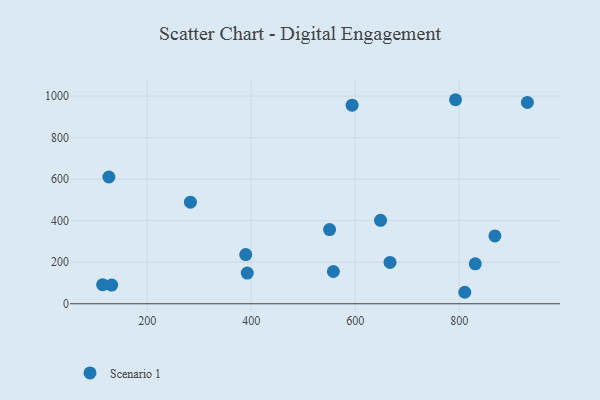
{"axis": {"x": "Study Hours", "y": "Exam Score"}, "legend": ["Scenario 1"], "data": [{"x": "389.4", "y": 236.8, "type": "Scenario 1"}, {"x": "131.7", "y": 90.1, "type": "Scenario 1"}, {"x": "810.7", "y": 55.4, "type": "Scenario 1"}, {"x": "283.1", "y": 489.2, "type": "Scenario 1"}, {"x": "666.9", "y": 199.2, "type": "Scenario 1"}, {"x": "830.8", "y": 192.5, "type": "Scenario 1"}, {"x": "558.0", "y": 155.4, "type": "Scenario 1"}, {"x": "868.6", "y": 326.7, "type": "Scenario 1"}, {"x": "931.0", "y": 969.8, "type": "Scenario 1"}, {"x": "126.3", "y": 610.5, "type": "Scenario 1"}, {"x": "550.7", "y": 357.2, "type": "Scenario 1"}, {"x": "392.4", "y": 147.8, "type": "Scenario 1"}, {"x": "594.0", "y": 956.3, "type": "Scenario 1"}, {"x": "648.7", "y": 401.8, "type": "Scenario 1"}, {"x": "792.8", "y": 982.6, "type": "Scenario 1"}, {"x": "114.3", "y": 91.8, "type": "Scenario 1"}]}